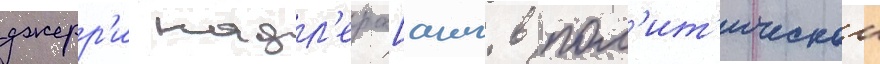
джерр'и надл'ера[англ. в пол'ит'ическои